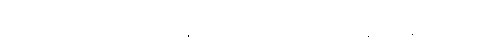
အပူခံပြားကို မြိတ်မြို့နယ်အတွင်း စကားပြန် ထိန်းချူပ်မှု